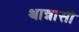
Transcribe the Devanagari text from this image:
थान्नासी